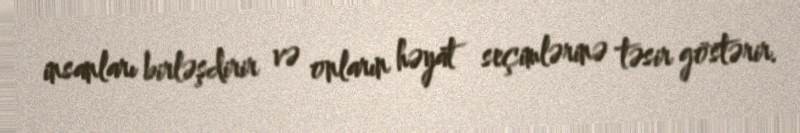
insanları birləşdirir və onların həyat seçimlərinə təsir göstərir.